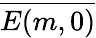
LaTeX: \overline{{E(m,0)}}